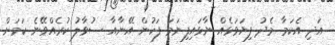
އަދި އެކަމާ މެދު ފިޔަވަޅެއް ނާޅައިފިނަމަ ފަހުން އޭނާއާ ސުވާލު ކުރެއްވޭނެ ކަމަށް